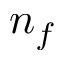
n _ { f }